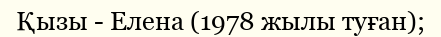
Қызы - Елена (1978 жылы туған);